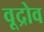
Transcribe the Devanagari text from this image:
वूद्रोव